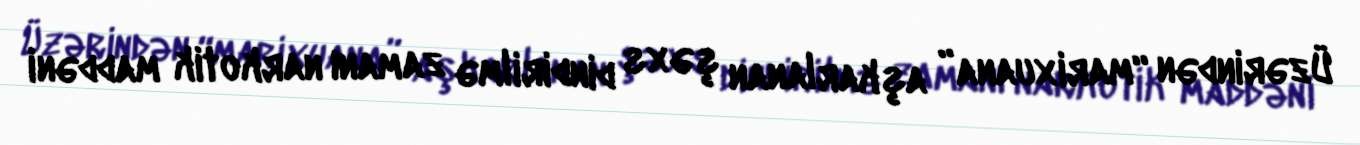
Üzərindən “marixuana” aşkarlanan şəxs dindirilmə zamanı narkotik maddəni